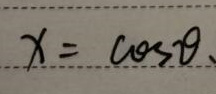
\[
x = \cos\theta
\]